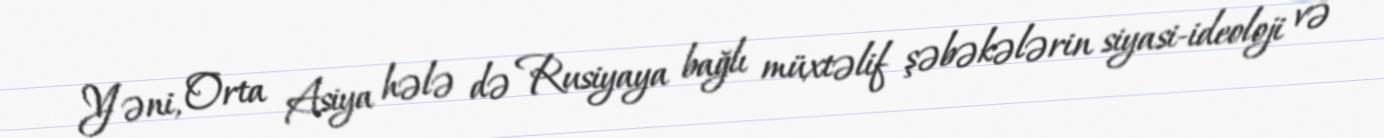
Yəni, Orta Asiya hələ də Rusiyaya bağlı müxtəlif şəbəkələrin siyasi-ideoloji və